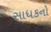
સાધકનો